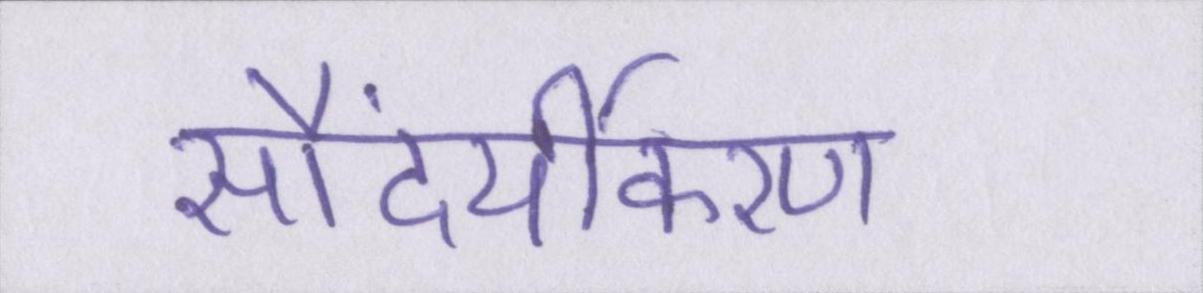
सौंदर्यीकरण